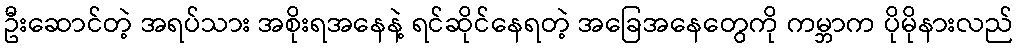
ဦးဆောင်တဲ့ အရပ်သား အစိုးရအနေနဲ့ ရင်ဆိုင်နေရတဲ့ အခြေအနေတွေကို ကမ္ဘာက ပိုမိုနားလည်